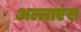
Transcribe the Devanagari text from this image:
अल्लाएंस